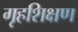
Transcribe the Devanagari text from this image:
गृहशिक्षण